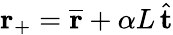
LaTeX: \mathbf{r}_{+}=\overline{{\mathbf{r}}}+\alpha L\, \hat{\mathbf{t}}